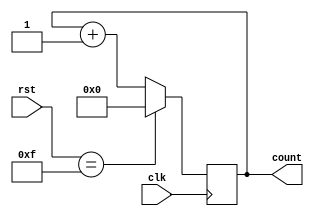
module synchronous_counter(
    input wire clk,
    input wire [3:0] rst,
    output reg [7:0] count
);

always@(posedge clk) begin
    if(rst == 4'b1111) begin
        count <= 8'b0;
    end else begin
        count <= count + 1;
    end
end

endmodule